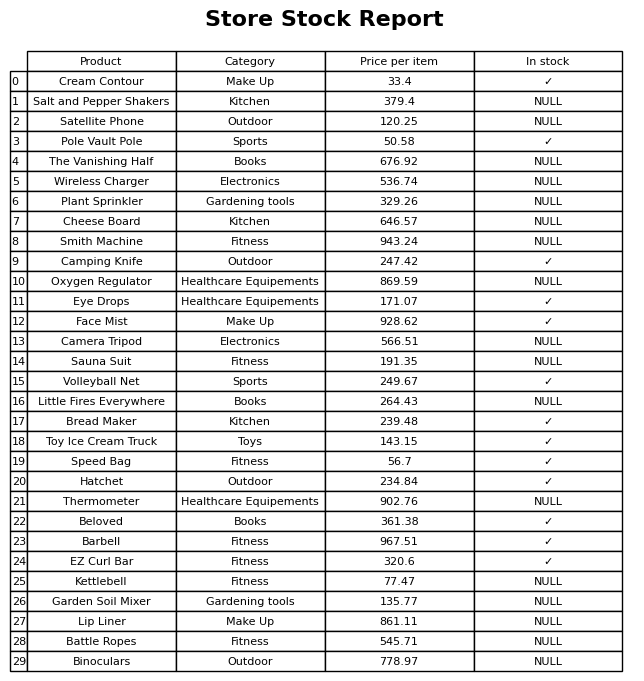
question: What is the stock status of the Lip Liner?
answer: NULL